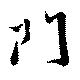
門